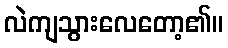
လဲကျသွားလေတော့၏။